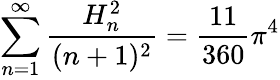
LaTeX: \sum_{n=1}^{\infty}{\frac{H_{n}^{2}}{(n+1)^{2}}}={\frac{11}{360}}\pi^{4}